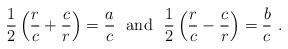
LaTeX: \begin{align*}\frac12\left( \frac{r}{c}+\frac{c}{r}\right)=\frac{a}{c}\ \ \mbox{and}\ \ \frac12\left( \frac{r}{c}-\frac{c}{r}\right)=\frac{b}{c}\ .\end{align*}